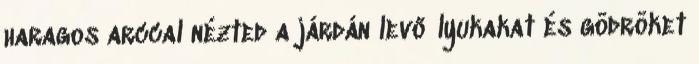
haragos arccal nézted a járdán levő lyukakat és gödröket